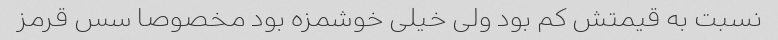
نسبت به قیمتش کم بود ولی خیلی خوشمزه بود مخصوصا سس قرمز